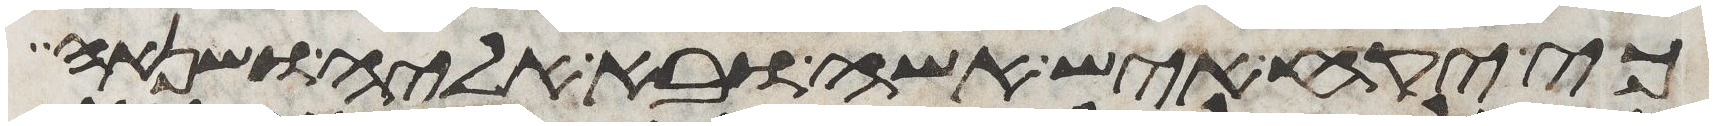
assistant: כי יקח איש אשה ובא אליה ושנאה